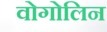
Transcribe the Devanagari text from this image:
वोगोलिन